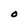
Character: O